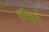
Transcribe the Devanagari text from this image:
बरिचशी